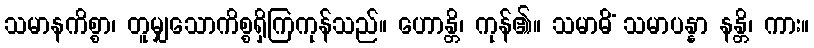
သမာနကိစ္စာ၊ တူမျှသောကိစ္စရှိကြကုန်သည်။ ဟောန္တိ၊ ကုန်၏။ သမာဓိံ သမာပန္နာ နန္တိ၊ ကား။